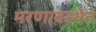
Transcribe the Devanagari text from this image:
मरणावस्थेत